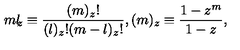
{ \binom { m } { l } } _ { \! \! z } \equiv \frac { ( m ) _ { z } ! } { ( l ) _ { z } ! ( m - l ) _ { z } ! } , ( m ) _ { z } \equiv \frac { 1 - z ^ { m } } { 1 - z } ,